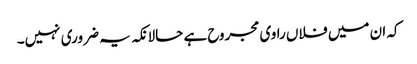
کہ ان میں فلاں راوی مجروح ہے حالانکہ یہ ضروری نہیں۔